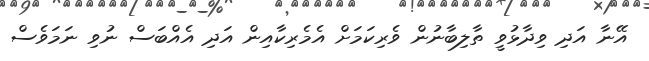
އޭނާ އަދި ވިދާޅުވީ ތާލިބާނުން ވެރިކަމަށް އެމެރިކާއިން އަދި އެއްބަސް ނުވި ނަމަވެސް